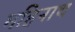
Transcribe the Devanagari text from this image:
महिनाथ